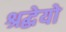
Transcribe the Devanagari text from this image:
श्रद्धेयो